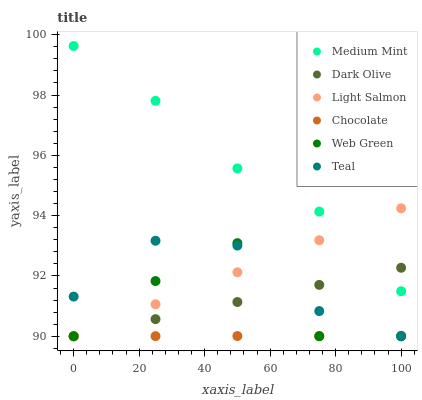
| xaxis_label | Medium Mint | Dark Olive | Light Salmon | Chocolate | Web Green | Teal |
 | --- | --- | --- | --- | --- | --- | --- |
 | 0 | 99.6 | 90 | 90 | 90 | 90 | 91.3 |
 | 25 | 97.8 | 90.6 | 91.1 | 90 | 91.8 | 93.2 |
 | 50 | 95.6 | 91.1 | 92.1 | 90 | 93.1 | 93 |
 | 75 | 94.1 | 91.7 | 93.2 | 90 | 90 | 90.8 |
 | 100 | 91.5 | 92.3 | 94.2 | 90 | 90 | 90 |